Indian Civil Veterinary Department memoirs
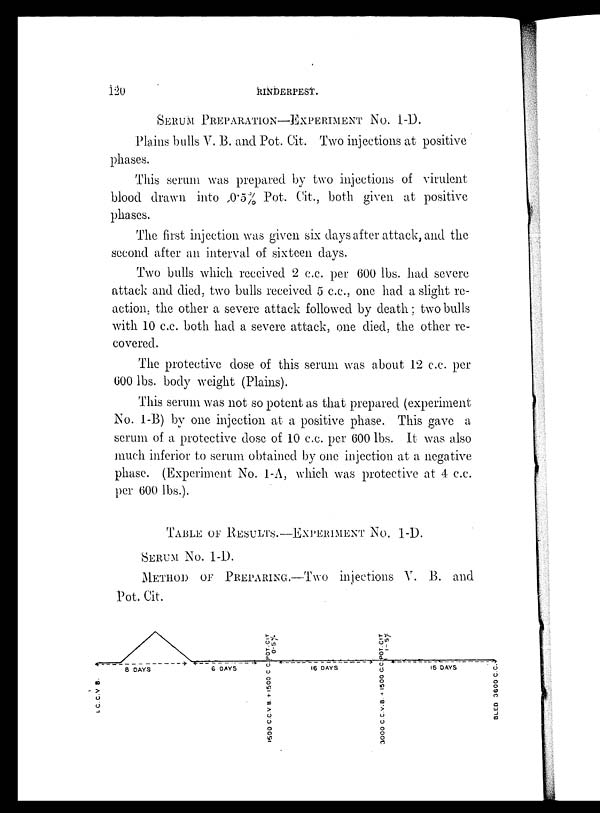
120
RINDERPEST.
SERUM PREPARATION-EXPERIMENT No. 1-D.
Plains bulls V. B. and Pot. Cit. Two injections at positive
phases.
This serum was prepared by two injections of virulent
blood drawn into 0.5% Pot. Cit., both given at positive
phases.
The first injection was given six days after attack, and the
second after an interval of sixteen days.
Two bulls which received 2 c.c. per 600 lbs. had severe
attack and died, two bulls received 5 c.c., one had a slight re-
action, the other a severe attack followed by death; two bulls
with 10 c.c. both had a severe attack, one died, the other re-
covered.
The protective dose of this serum was about 12 c.c. per
600 lbs. body weight (Plains).
This serum was not so potent as that prepared (experiment
No. 1-B) by one injection at a positive phase. This gave a
serum of a protective close of 10 c.c. per 600 lbs. It was also
much inferior to serum obtained by one injection at a negative
phase. (Experiment No. 1-A, which was protective at 4 c.c.
per 600 lbs.).
TABLE OF RESULTS.-EXPERIMENT NO. 1-D.
SERUM No. 1-D.
METHOD OF PREPARING.—Two injections V. B. and
Pot. Cit.